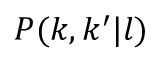
P ( k , k ^ { \prime } | l )